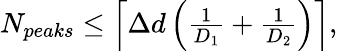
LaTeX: \begin{array}{r}{N_{peaks}\leq\left\lceil\Delta d\left(\frac{1}{D_{1}}+\frac{1}{D_{2}}\right)\right\rceil,}\end{array}